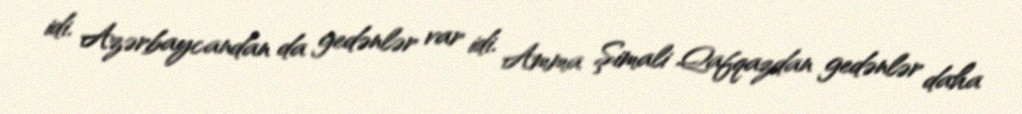
idi. Azərbaycandan da gedənlər var idi. Amma Şimali Qafqazdan gedənlər daha